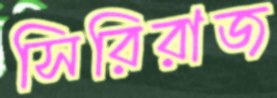
সিরিরাজ